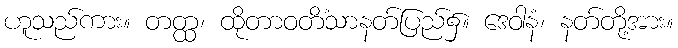
ဟူသည်ကား။ တတ္ထ၊ ထိုတာဝတိံသာနတ်ပြည်၌။ ဒေဝါနံ၊ နတ်တို့အား။